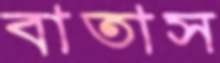
বাতাস